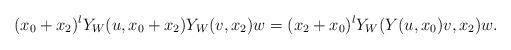
LaTeX: \begin{align*}(x_{0}+x_{2})^{l}Y_W(u, x_0 + x_2)Y_W(v, x_2)w=(x_{2}+x_{0})^{l}Y_W(Y(u, x_0)v, x_2)w.\end{align*}